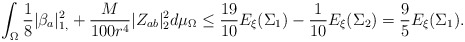
\begin{align*}\int_{\Omega} \frac{1}{8}\vert \beta_{a}\vert^2_{1,}+\frac{M}{100 r^4}\vert Z_{ab}\vert^2_{2} d\mu_{\Omega}\leq {}& \frac{19}{10}E_{\xi}(\Sigma_1) - \frac{1}{10}E_{\xi}(\Sigma_2)=\frac{9}{5}E_{\xi}(\Sigma_1).\end{align*}